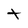
Character: t